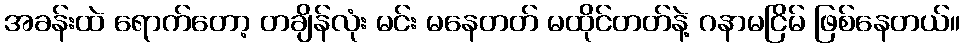
အခန်းထဲ ရောက်တော့ တချိန်လုံး မင်း မနေတတ် မထိုင်တတ်နဲ့ ဂနာမငြိမ် ဖြစ်နေတယ်။